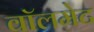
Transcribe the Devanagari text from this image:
वॉलमेट